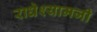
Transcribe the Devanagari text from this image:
राधेश्यामजी